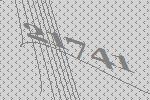
21741